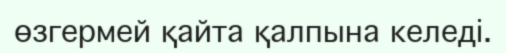
өзгермей қайта қалпына келеді.